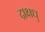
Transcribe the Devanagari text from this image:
द्राक्षधु